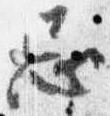
忌